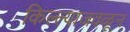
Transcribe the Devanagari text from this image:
किल्ल्याजवळून